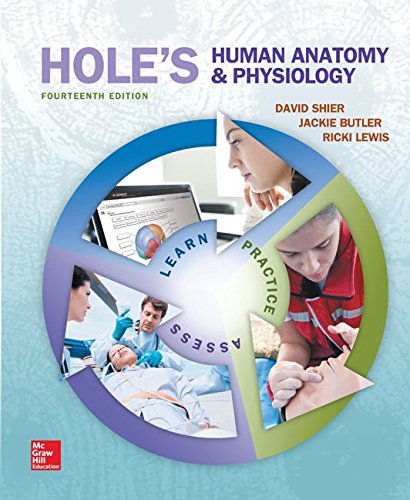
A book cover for Hole's Human Anatomy & Physiology; David Shier; Medical Books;